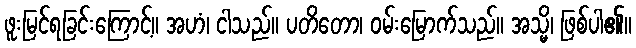
ဖူးမြင်ရခြင်းကြောင့်။ အဟံ၊ ငါသည်။ ပတိတော၊ ဝမ်းမြောက်သည်။ အသ္မိ၊ ဖြစ်ပါ၏။